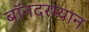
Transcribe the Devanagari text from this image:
बॉनदरम्यान